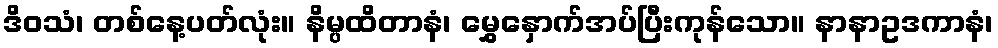
ဒိဝသံ၊ တစ်နေ့ပတ်လုံး။ နိမ္ပထိတာနံ၊ မွှေနှောက်အပ်ပြီးကုန်သော။ နာနာဥဒကာနံ၊